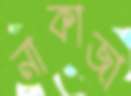
নাকাজা